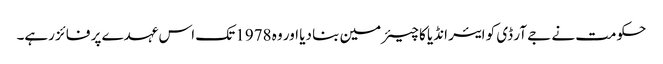
حکومت نے جے آر ڈی کو ایئر انڈیا کا چیئرمین بنا دیا اور وہ 1978 تک اس عہدے پر فائز رہے۔